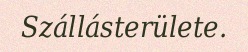
Szállásterülete.